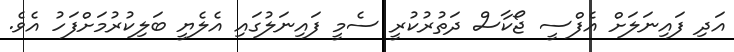
އަަދި ފައިނަލަށް އެފްސީ ޖޯކާސް ދަތުރުކުރީ ސެމީ ފައިނަލުގައި އެލެޔީ ބަލިކުރުމަށްފަހު އެވެ.